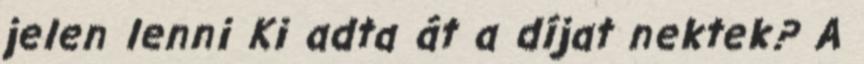
jelen lenni Ki adta át a díjat nektek? A